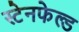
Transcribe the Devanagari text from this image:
स्टेनफेल्ड